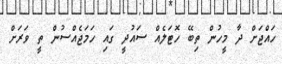
ހައްޖަށް ދާ މީހުން ތިބޭ ހޮޓަލެއް ސައުދީ ގައި ހަމަޖެއްސުން ތީ ވަރަށް